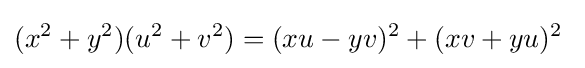
(x^{2}+y^{2})(u^{2}+v^{2})=(xu-yv)^{2}+(xv+yu)^{2}\